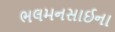
ભલમનસાઈના